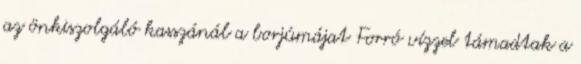
az önkiszolgáló kasszánál a borjúmájat Forró vízzel támadtak a